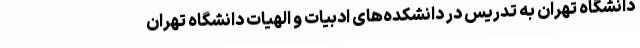
دانشگاه تهران به تدریس در دانشکده‌های ادبیات و الهیات دانشگاه تهران